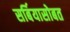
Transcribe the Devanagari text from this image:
सर्बियासोबत